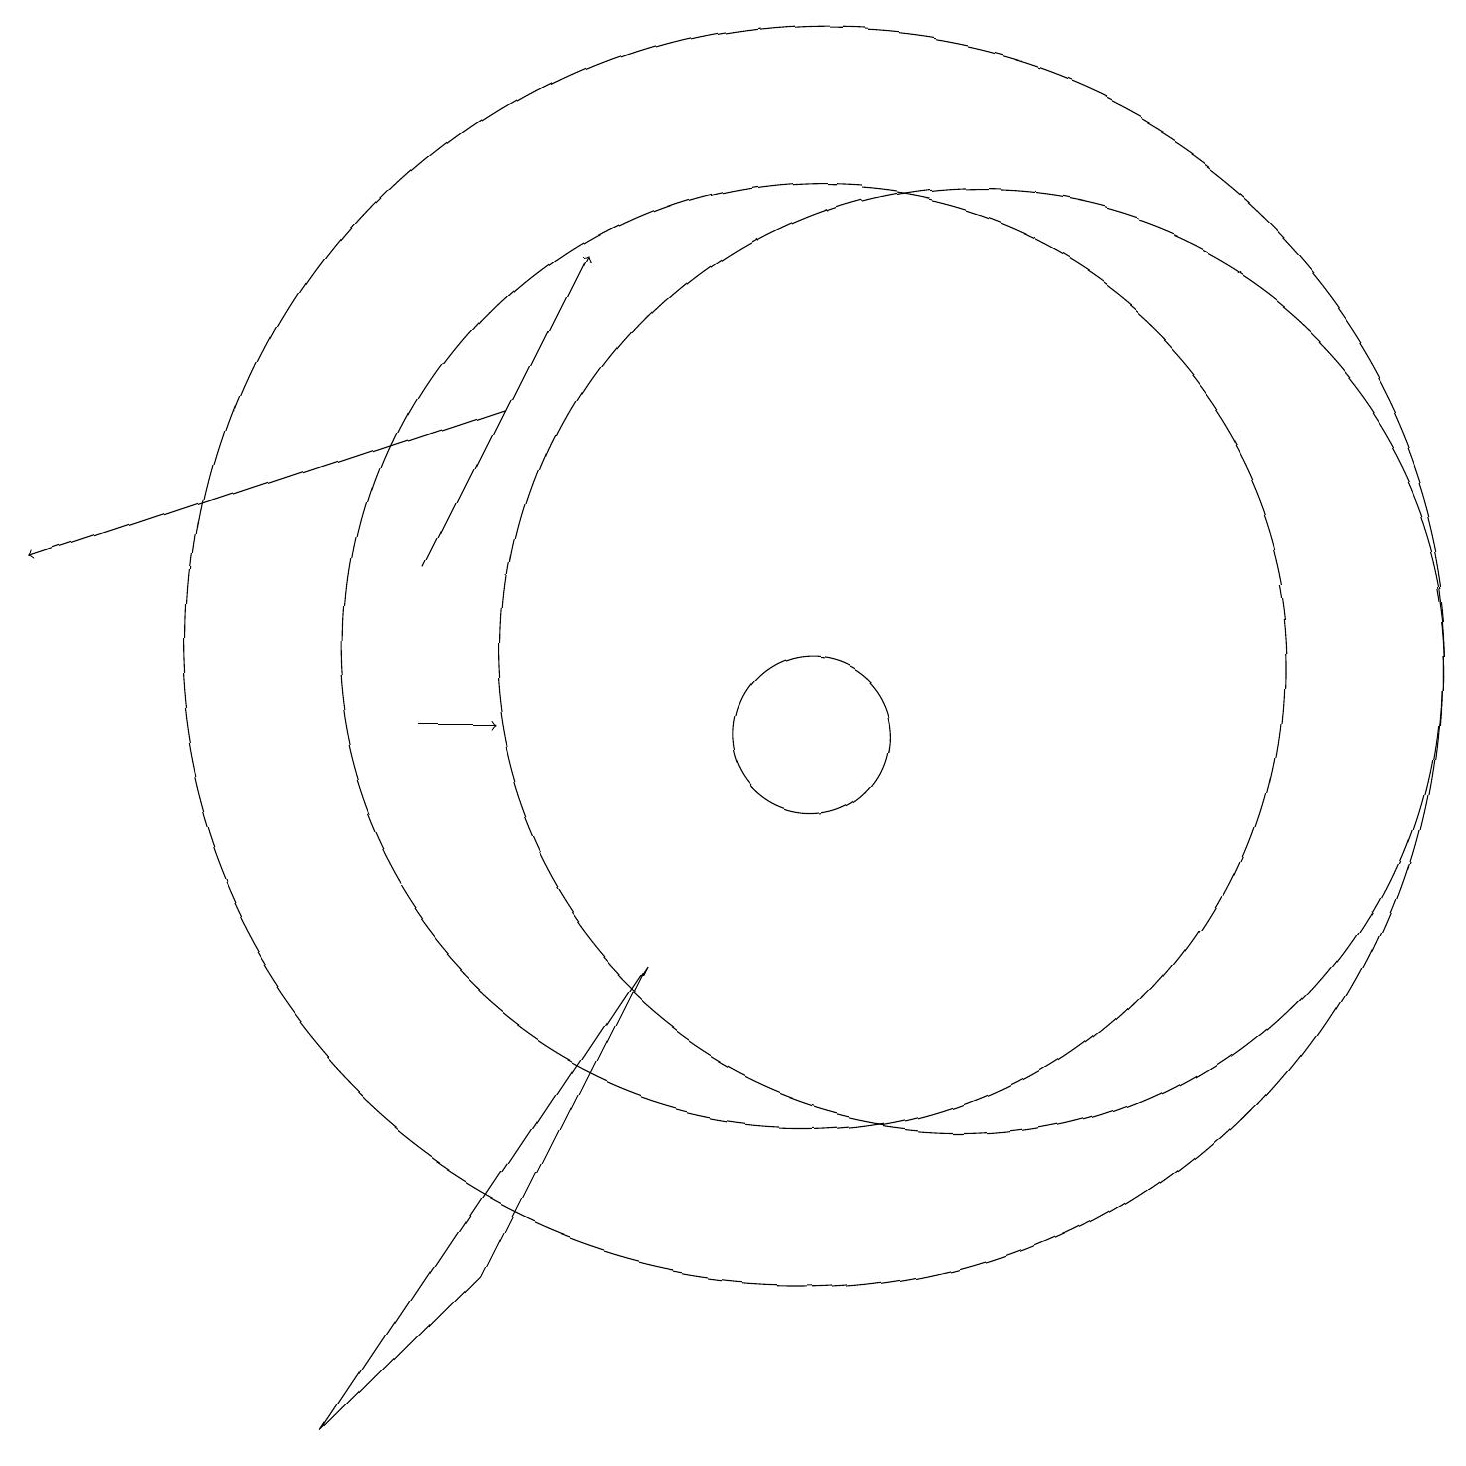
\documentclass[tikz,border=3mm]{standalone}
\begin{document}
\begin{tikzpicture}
\draw[->] (6,14) -- (0,12);
\draw[->] (5,10) -- (6,10);
\draw (10,11) circle (6);
\draw (12,11) circle (6);
\draw (10,11) circle (8);
\draw (10,10) circle (1);
\draw (8,7) -- (4,1) -- (6,3) -- cycle;
\draw[->] (5,12) -- (7,16);
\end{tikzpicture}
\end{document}